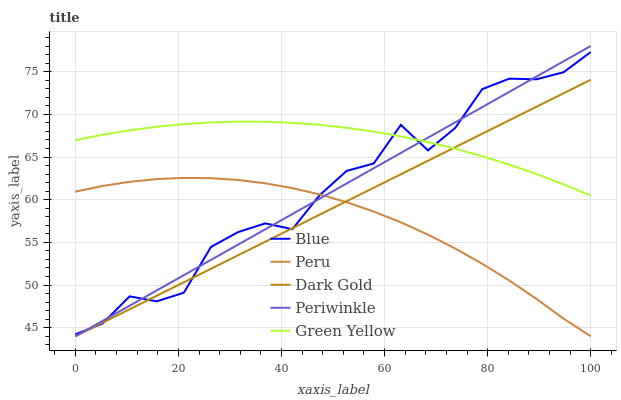
| xaxis_label | Blue | Peru | Dark Gold | Periwinkle | Green Yellow |
 | --- | --- | --- | --- | --- | --- |
 | 0 | 44.2 | 60.9 | 44 | 44 | 67 |
 | 5.26 | 45.5 | 61.6 | 45.6 | 45.8 | 67.6 |
 | 10.5 | 48.7 | 62.1 | 47.2 | 47.6 | 68.1 |
 | 15.8 | 48.1 | 62.4 | 48.7 | 49.4 | 68.5 |
 | 21.1 | 49.1 | 62.6 | 50.3 | 51.2 | 68.9 |
 | 26.3 | 54.5 | 62.5 | 51.9 | 52.9 | 69.1 |
 | 31.6 | 56.2 | 62.3 | 53.5 | 54.7 | 69.1 |
 | 36.8 | 57.2 | 61.9 | 55.1 | 56.5 | 69.1 |
 | 42.1 | 56.5 | 61.4 | 56.7 | 58.3 | 69 |
 | 47.4 | 60.5 | 60.6 | 58.2 | 60.1 | 68.8 |
 | 52.6 | 63.4 | 59.7 | 59.8 | 61.9 | 68.4 |
 | 57.9 | 64.2 | 58.6 | 61.4 | 63.7 | 68 |
 | 63.2 | 68.8 | 57.3 | 63 | 65.5 | 67.4 |
 | 68.4 | 65.8 | 55.9 | 64.6 | 67.3 | 66.8 |
 | 73.7 | 68.4 | 54.3 | 66.1 | 69.1 | 66 |
 | 78.9 | 73 | 52.5 | 67.7 | 70.8 | 65.1 |
 | 84.2 | 74.2 | 50.5 | 69.3 | 72.6 | 64.1 |
 | 89.5 | 74.1 | 48.4 | 70.9 | 74.4 | 63 |
 | 94.7 | 74.9 | 46.1 | 72.5 | 76.2 | 61.8 |
 | 100 | 77.3 | 44 | 74.1 | 78 | 60.5 |